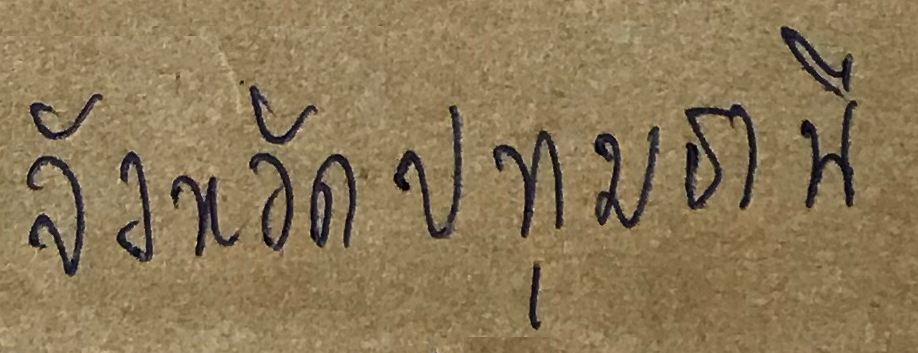
จังหวัดปทุมธานี